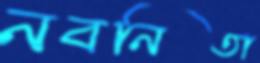
নবনিতা